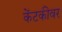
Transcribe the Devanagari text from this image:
केंटकीवर